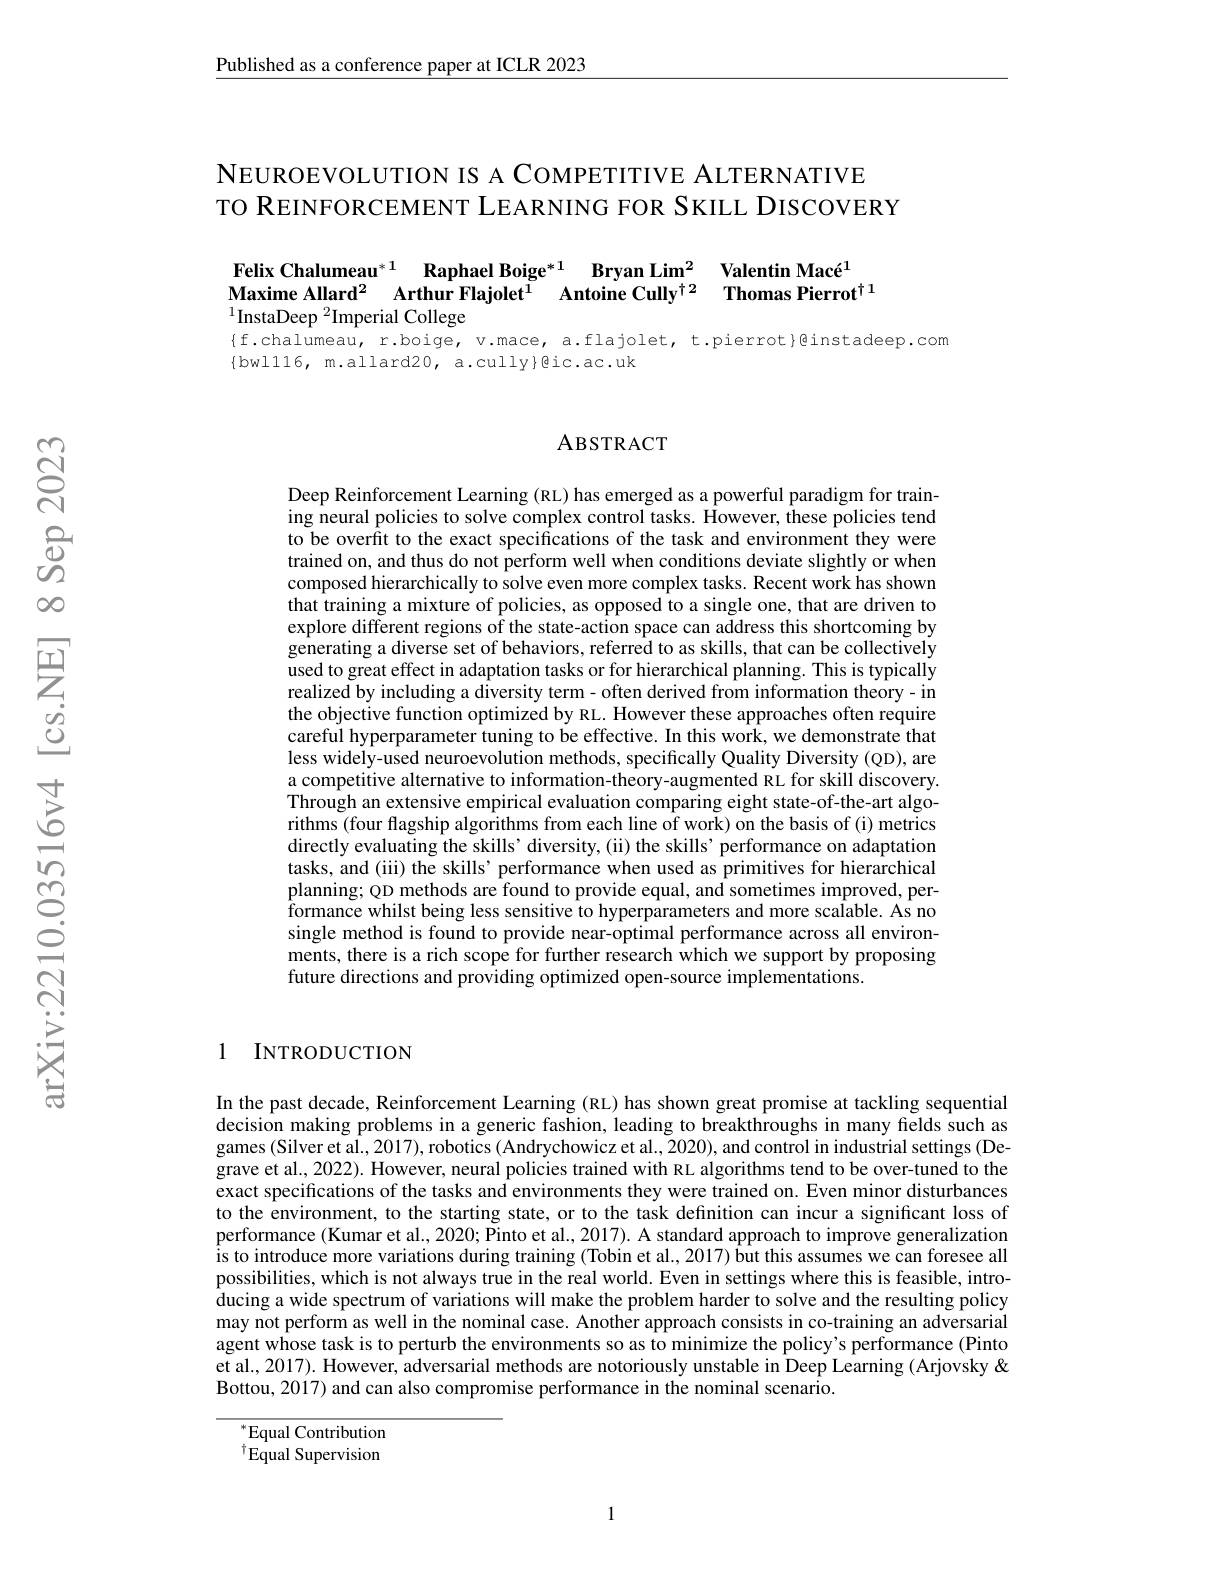
$\underline{\text{Published as a conference paper at ICLR 2023}}$

NEUROEVOLUTION IS A COMPETITIVE ALTERNATIVE
TO REINFORCEMENT LEARNING FOR SKILL DISCOVERY

Felix Chalumeau$^{*1}$ Raphael Boige$^{*1}$ Bryan Lim$^{2}$ Valentin Macé$^{1}$
Maxime Allard$^2$ $\dot{\textbf{Arthur Flajolet}} ^{1}$ $\dot{\textbf{Antoine Cully}} ^{\dagger 2}$ Thomas Pierrot$^\dagger1$
## $^{1}$InstaDeep $^2$Imperial College

{f.chalumeau, r.boige, v.mace, a.flajolet, t.pierrot}@instadeep.com
$\{$bwlll6, m.allard20, a.cully}@ic.ac.uk

### ABSTRACT

Deep Reinforcement Learning (RL) has emerged as a powerful paradigm for training neural policies to solve complex control tasks. However, these policies tend to be overfit to the exact specifications of the task and environment they were trained on, and thus do not perform well when conditions deviate slightly or when composed hierarchically to solve even more complex tasks. Recent work has shown that training a mixture of policies, as opposed to a single one, that are driven to explore different regions of the state-action space can address this shortcoming by generating a diverse set of behaviors, referred to as skills, that can be collectively used to great effect in adaptation tasks or for hierarchical planning. This is typically realized by including a diversity term- often derived from information theory - in the objective function optimized by RL. However these approaches often require careful hyperparameter tuning to be effective. In this work, we demonstrate that less widely-used neuroevolution methods, specifically Quality Diversity (QD), are a competitive alternative to information-theory-augmented RL for skill discovery. Through an extensive empirical evaluation comparing eight state-of-the-art algorithms (four flagship algorithms from each line of work) on the basis of (i) metrics directly evaluating the skills' diversity,(ii) the skills' performance on adaptation tasks, and (iii) the skills' performance when used as primitives for hierarchical planning; QD methods are found to provide equal, and sometimes improved, per- $\tilde{\text{formance whilst being less sensitive to hyperparameters and more scalable. As no}}$ single method is found to provide near-optimal performance across all environments, there is a rich scope for further research which we support by proposing future directions and providing optimized open-source implementations.

1 INTRODUCTION

In the past decade, Reinforcement Learning (RL) has shown great promise at tackling sequential decision making problems in a generic fashion, leading to breakthroughs in many fields such as games (Silver et al., 2017), robotics (Andrychowicz et al., 2020), and control in industrial settings (Degrave et al., 2022). However, neural policies trained with RL algorithms tend to be over-tuned to the exact specifications of the tasks and environments they were trained on. Even minor disturbances to the environment, to the starting state, or to the task definition can incur a significant loss of performance (Kumar et al., 2020; Pinto et al., 2017). A standard approach to improve generalization is to introduce more variations during training (Tobin et al., 2017) but this assumes we can foresee all possibilities, which is not always true in the real world. Even in settings where this is feasible, introducing a wide spectrum of variations will make the problem harder to solve and the resulting policy may not perform as well in the nominal case. Another approach consists in co-training an adversarial agent whose task is to perturb the environments so as to minimize the policy's performance (Pinto et al., 2017). However, adversarial methods are notoriously unstable in Deep Learning (Arjovsky & Bottou, 2017) and can also compromise performance in the nominal scenario.

$^*$Equal Contribution $^{\dagger}$Equal Supervision